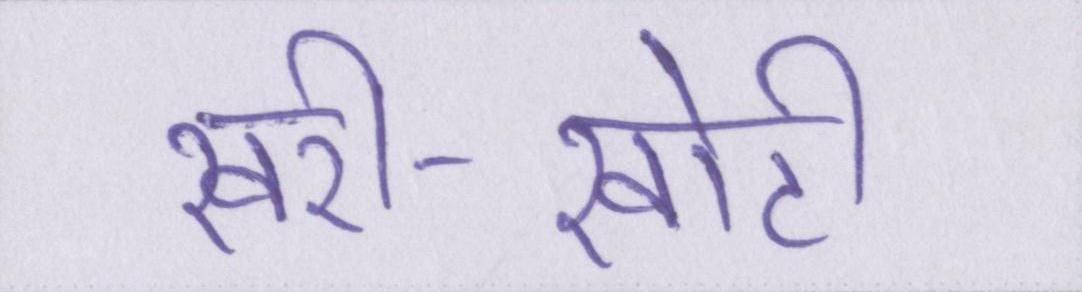
खरी-खोटी